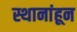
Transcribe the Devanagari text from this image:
स्थानांहून